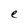
Character: e